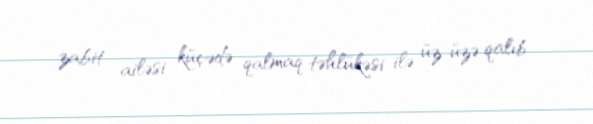
zabit ailəsi küçədə qalmaq təhlükəsi ilə üz-üzə qalıb.